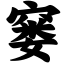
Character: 窭